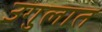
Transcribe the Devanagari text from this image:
उगुलात